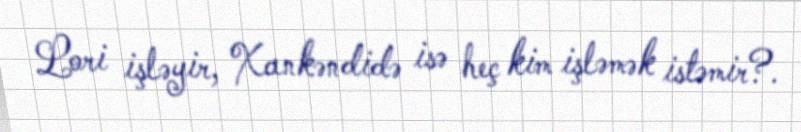
Lori işləyir, Xankəndidə isə heç kim işləmək istəmir?.